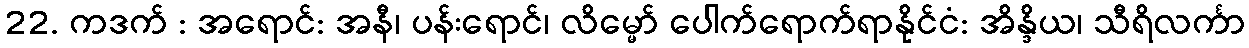
22. ကဒက် : အရောင်: အနီ၊ ပန်းရောင်၊ လိမ္မော် ပေါက်ရောက်ရာနိုင်ငံ: အိန္ဒိယ၊ သီရိလင်္ကာ